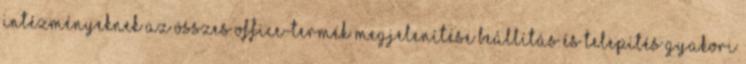
intézményeknek Az összes Office-termék megjelenítése Beállítás és telepítés Gyakori